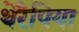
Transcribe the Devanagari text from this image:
थेरैपिया